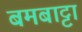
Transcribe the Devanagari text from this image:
बमबाट्टा